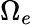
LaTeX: \Omega_{e}